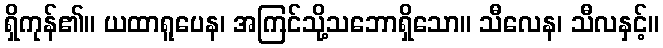
ရှိကုန်၏။ ယထာရူပေန၊ အကြင်သို့သဘောရှိသော။ သီလေန၊ သီလနှင့်။